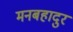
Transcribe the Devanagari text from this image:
मनबहादुर